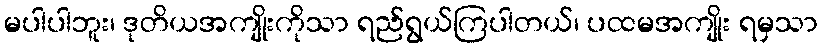
မပါပါဘူး၊ ဒုတိယအကျိုးကိုသာ ရည်ရွယ်ကြပါတယ်၊ ပထမအကျိုး ရမှသာ